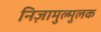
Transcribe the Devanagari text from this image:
निज़ामुल्मुलक